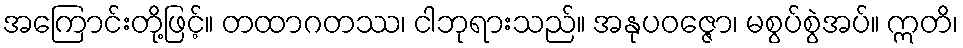
အကြောင်းတို့ဖြင့်။ တထာဂတဿ၊ ငါဘုရားသည်။ အနုပဝဇ္ဇော၊ မစွပ်စွဲအပ်။ ဣတိ၊